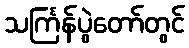
သင်္ကြန်ပွဲတော်တွင်